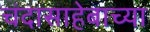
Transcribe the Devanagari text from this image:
चंदासाहेबाच्या